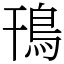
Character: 鳱